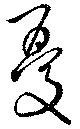
憂